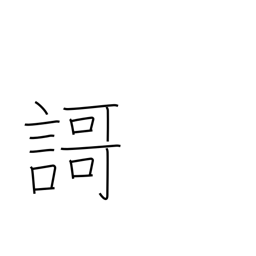
Meaning: tanka